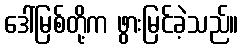
ဒေါ်မြစ်တို့က ဖွားမြင်ခဲ့သည်။